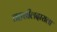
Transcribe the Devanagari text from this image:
तहसीलदाराला